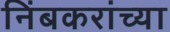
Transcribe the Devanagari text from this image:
निंबकरांच्या